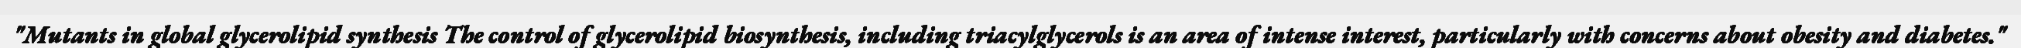
"Mutants in global glycerolipid synthesis The control of glycerolipid biosynthesis, including triacylglycerols is an area of intense interest, particularly with concerns about obesity and diabetes."